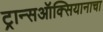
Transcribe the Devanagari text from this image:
ट्रान्सऑक्सियानाचा